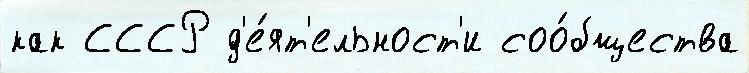
как СССР д'е́ят'ельност'и соо́бщества